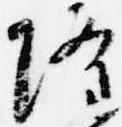
隆